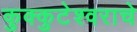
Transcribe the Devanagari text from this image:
कुक्कुटेश्वराचे